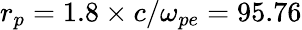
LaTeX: r_{p}=1.8\times c/\omega_{pe}=95.76